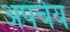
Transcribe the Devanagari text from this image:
अपचेय